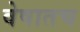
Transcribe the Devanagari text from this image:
वेषातच